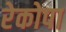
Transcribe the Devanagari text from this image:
रेकोपा